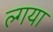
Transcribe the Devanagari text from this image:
ल्गया